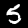
Label: 5